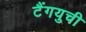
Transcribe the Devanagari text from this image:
टैंगयुची